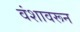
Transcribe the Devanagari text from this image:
वंशावरून